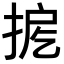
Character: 𢭖